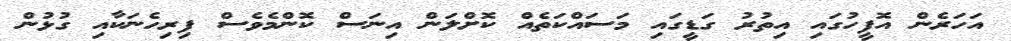
އަހަރެން އޮފީހުގައި އިތުރު ގަޑީގައި މަސައްކަތެއް ކޮށްލަން އިނަސް ކޮންމެވެސް ފިރިހެނަކާއި ގުޅުން